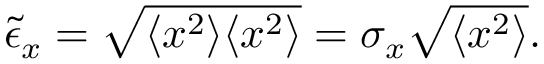
\tilde { \epsilon } _ { x } = \sqrt { \langle x ^ { 2 } \rangle \langle x ^ { 2 } \rangle } = \sigma _ { x } \sqrt { \langle x ^ { 2 } \rangle } .